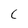
Character: C